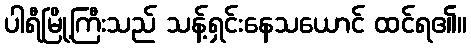
ပါရီမြို့ကြီးသည် သန့်ရှင်းနေသယောင် ထင်ရ၏။